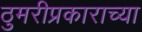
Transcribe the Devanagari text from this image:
ठुमरीप्रकाराच्या